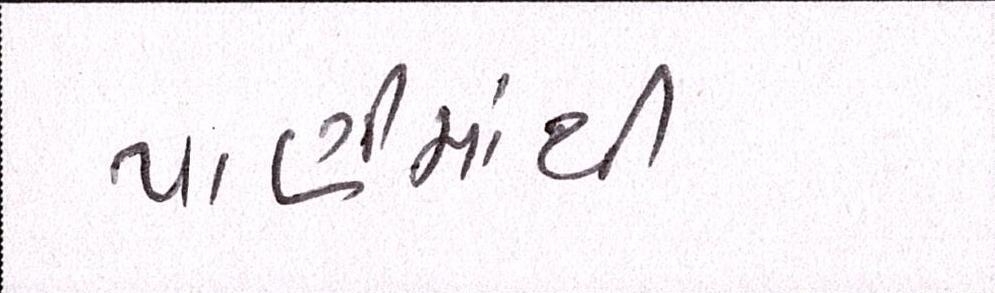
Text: પાણીમાંથી